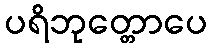
ပရိဘုတ္တောပေ